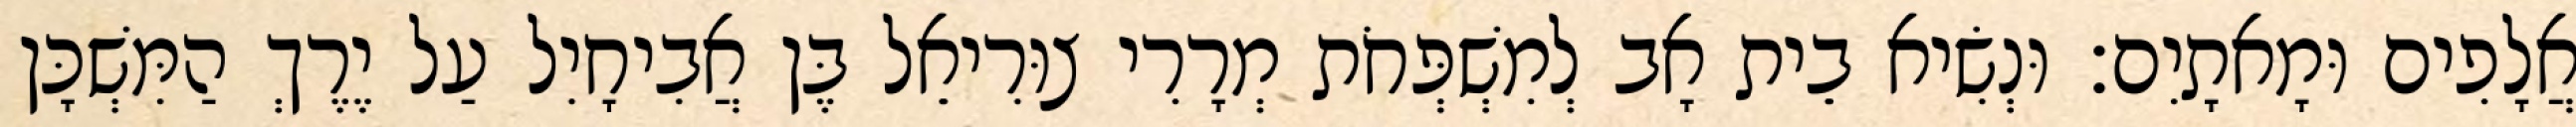
אֲלָפִים וּמָאתָיִם׃ וּנְשִׂיא בֵית אָב לְמִשְׁפְּחֹת מְרָרִי צוּרִיאֵל בֶּן אֲבִיחָיִל עַל יֶרֶךְ הַמִּשְׁכָּן